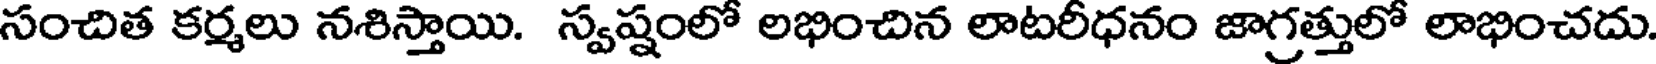
సంచిత కర్మలు నశిస్తాయి. స్వష్షంలో లభించిన లాటరీధనం జాగ్రత్తులో లాభించదు